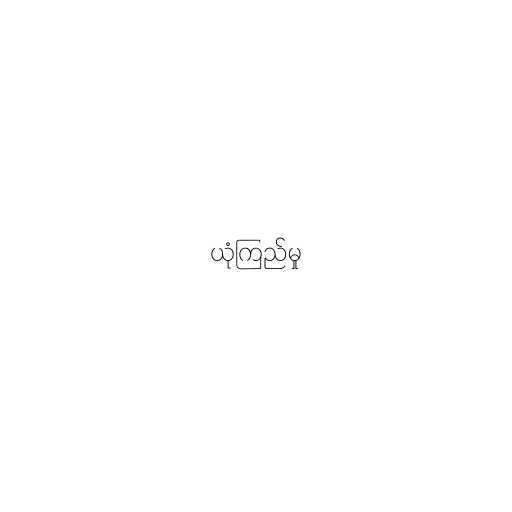
ယုံကြည်မှု